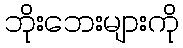
ဘိုးဘေးများကို